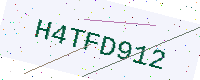
Text: H4TFD912